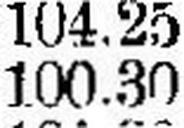
100.30